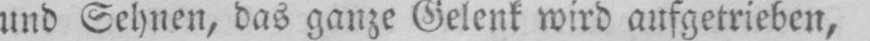
und Sehnen, das ganze Gelenk wird aufgetrieben,